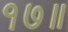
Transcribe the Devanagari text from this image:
१७॥